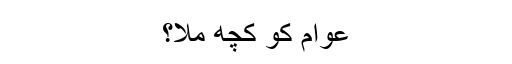
عوام کو کچھ ملا؟